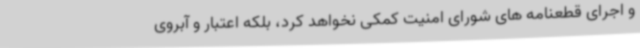
و اجرای قطعنامه های شورای امنیت کمکی نخواهد کرد، بلکه اعتبار و آبروی